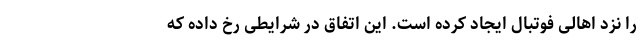
را نزد اهالی فوتبال ایجاد کرده است. این اتفاق در شرایطی رخ داده که